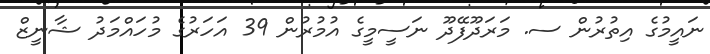
ނައީމުގެ އިތުރުން ސ. މަރަދޫފޭދޫ ނަސީމީގެ އުމުރުން 39 އަހަރުގެ މުހައްމަދު ޝާނީޒް